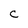
Character: C